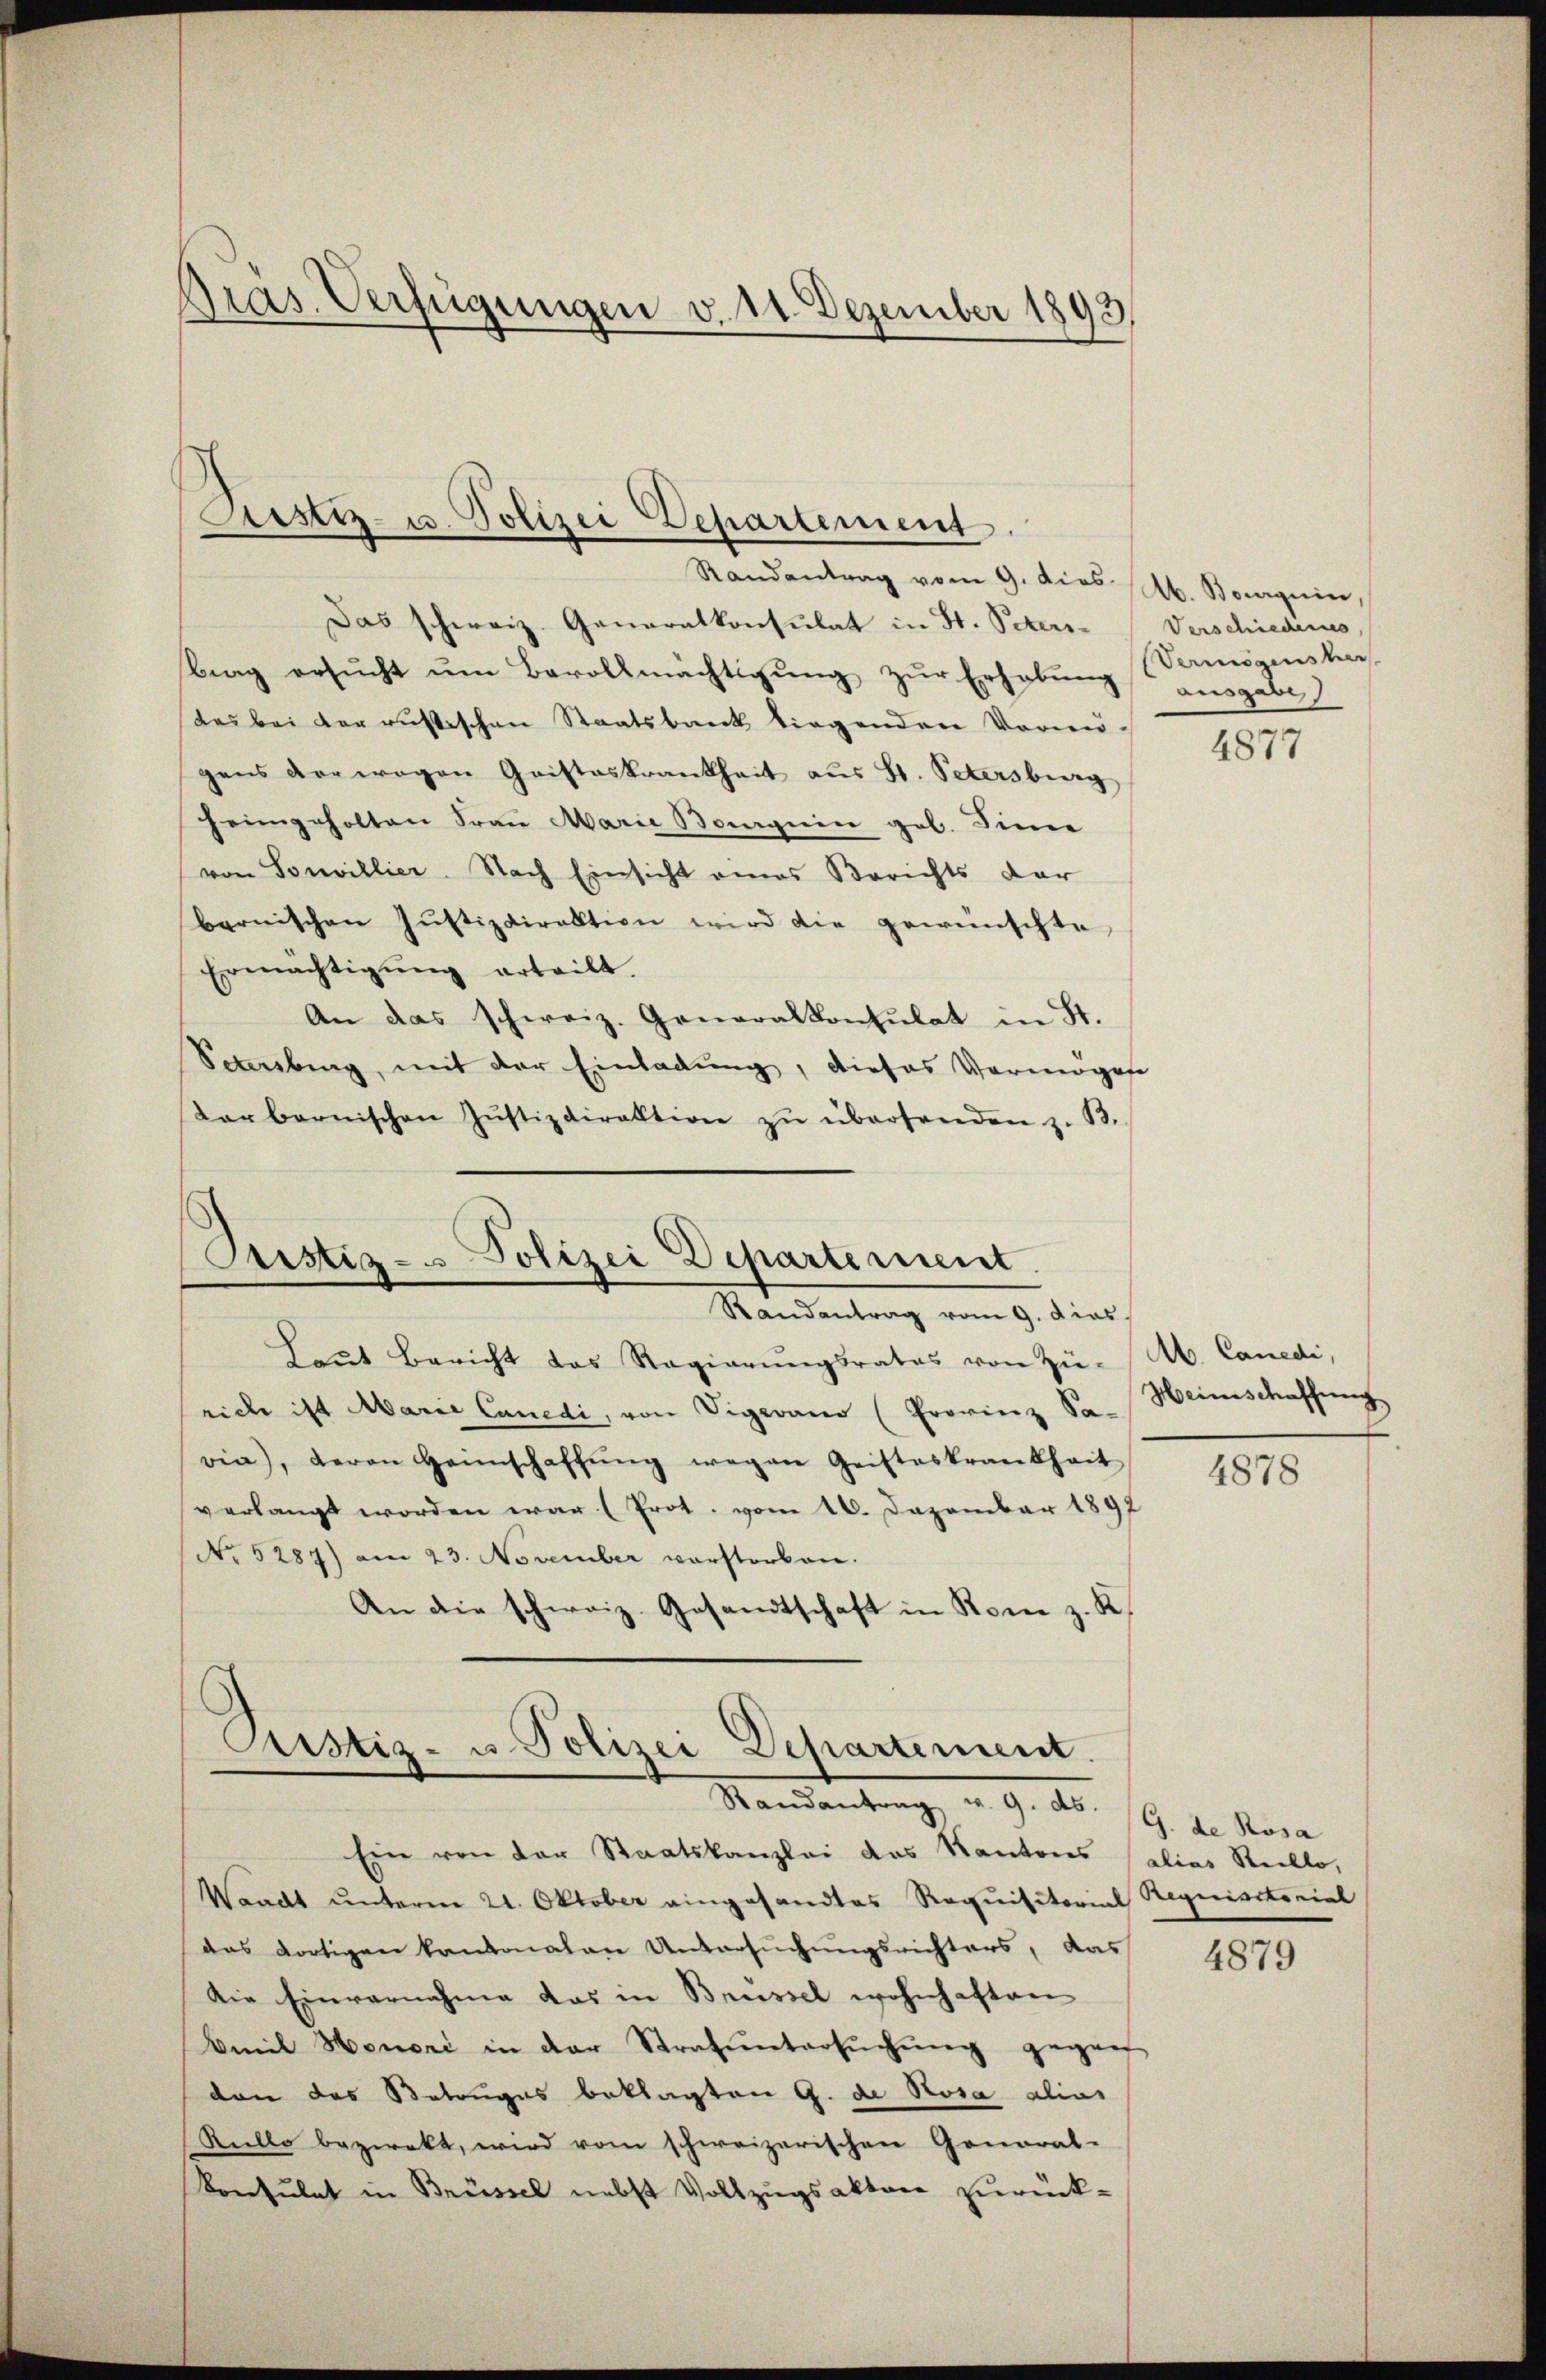
Präs. Verfügungen v. 11. Dezember 1893

Justiz- u. Polizei Departement
Randantrag vom 9. dies Ab. Boguin,

Das schweiz. Generalkonsulat in St. Peter-Verschieders,
brag ersucht um Bevollmächtigung zur Erhebung ausgebe
das bei der russischen Staatsbank liegenden Vormö-
gens der wegen Geisteskrankheit aus St. Petersburg
heimgeholten Frau Marie Boguin geb. Sinne
von Souvillier. Nach Einsicht eines Berichts dar
bernischen Jŭstizdirektion wird die gewünschte
Ermächtigung erteilt.
An das schweiz. Generalkonsulat in St.
Scheibung, mit der Einladung, dieses Vermögese
darbernischen Jŭstizdirektion zŭ übersenden z. B.

Custiz- u Polizei Departement
Randantrag vom 9. dies

Haut Bericht das Regierŭngsrates von Zü- Ab. Canedi,
rich ist Marie Candi, von Vigano (Provinz Sa- Heinschaffung
via), deron Heimschaffŭng wegen Geisteskrankheit
verlangt worden war (Prot. vom 16. Dezember 1897
No 5287) am 23. November verstorben.
An die schweiz. Gesandtschaft in Rom z. K.

Pustiz- u. Polizei Departement.
Mandentrag, u. 9. No. 19. v. Kara
Ein von der Staatskanzlei das Kantons salias Reillo,

Waadt unterm 21. Oktober eingesandtes Requisitorial Requisitorial
das dortigen kantonalen Untersuchungsrichters, das
Die Einvernahme das in Brüssel wohnhaften
Amil Honori in der Strafuntersuchung gegen
don das Betruges beklagten G. de Rosa alias
Reillo bezwekt, wird vom schweizerischen General-
Konsulat in Brüssel nebst Vollzugsaktere zurück-

Vermögenster

4877

4878

4879